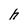
Character: h